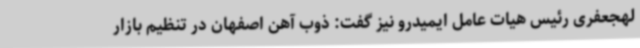
لهجعفری رئیس هیات عامل ایمیدرو نیز گفت: ذوب آهن اصفهان در تنظیم بازار